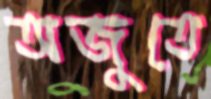
অজুতে